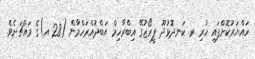
ހައްޔަރުކޮށްފައި ހުރި ރ. ކަނދޮޅުދޫ ފީރޯޒުގޭ އިބްރާހިމް އަބްދުއްރަހްމާން (28 އ)ގެ މައްޗަށެވެ.